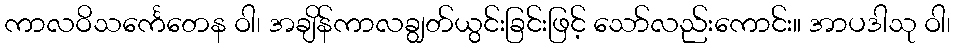
ကာလဝိသင်္ကေတေန ဝါ၊ အချိန်ကာလချွတ်ယွင်းခြင်းဖြင့် သော်လည်းကောင်း။ အာပဒါသု ဝါ၊